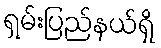
ရှမ်းပြည်နယ်ရှိ